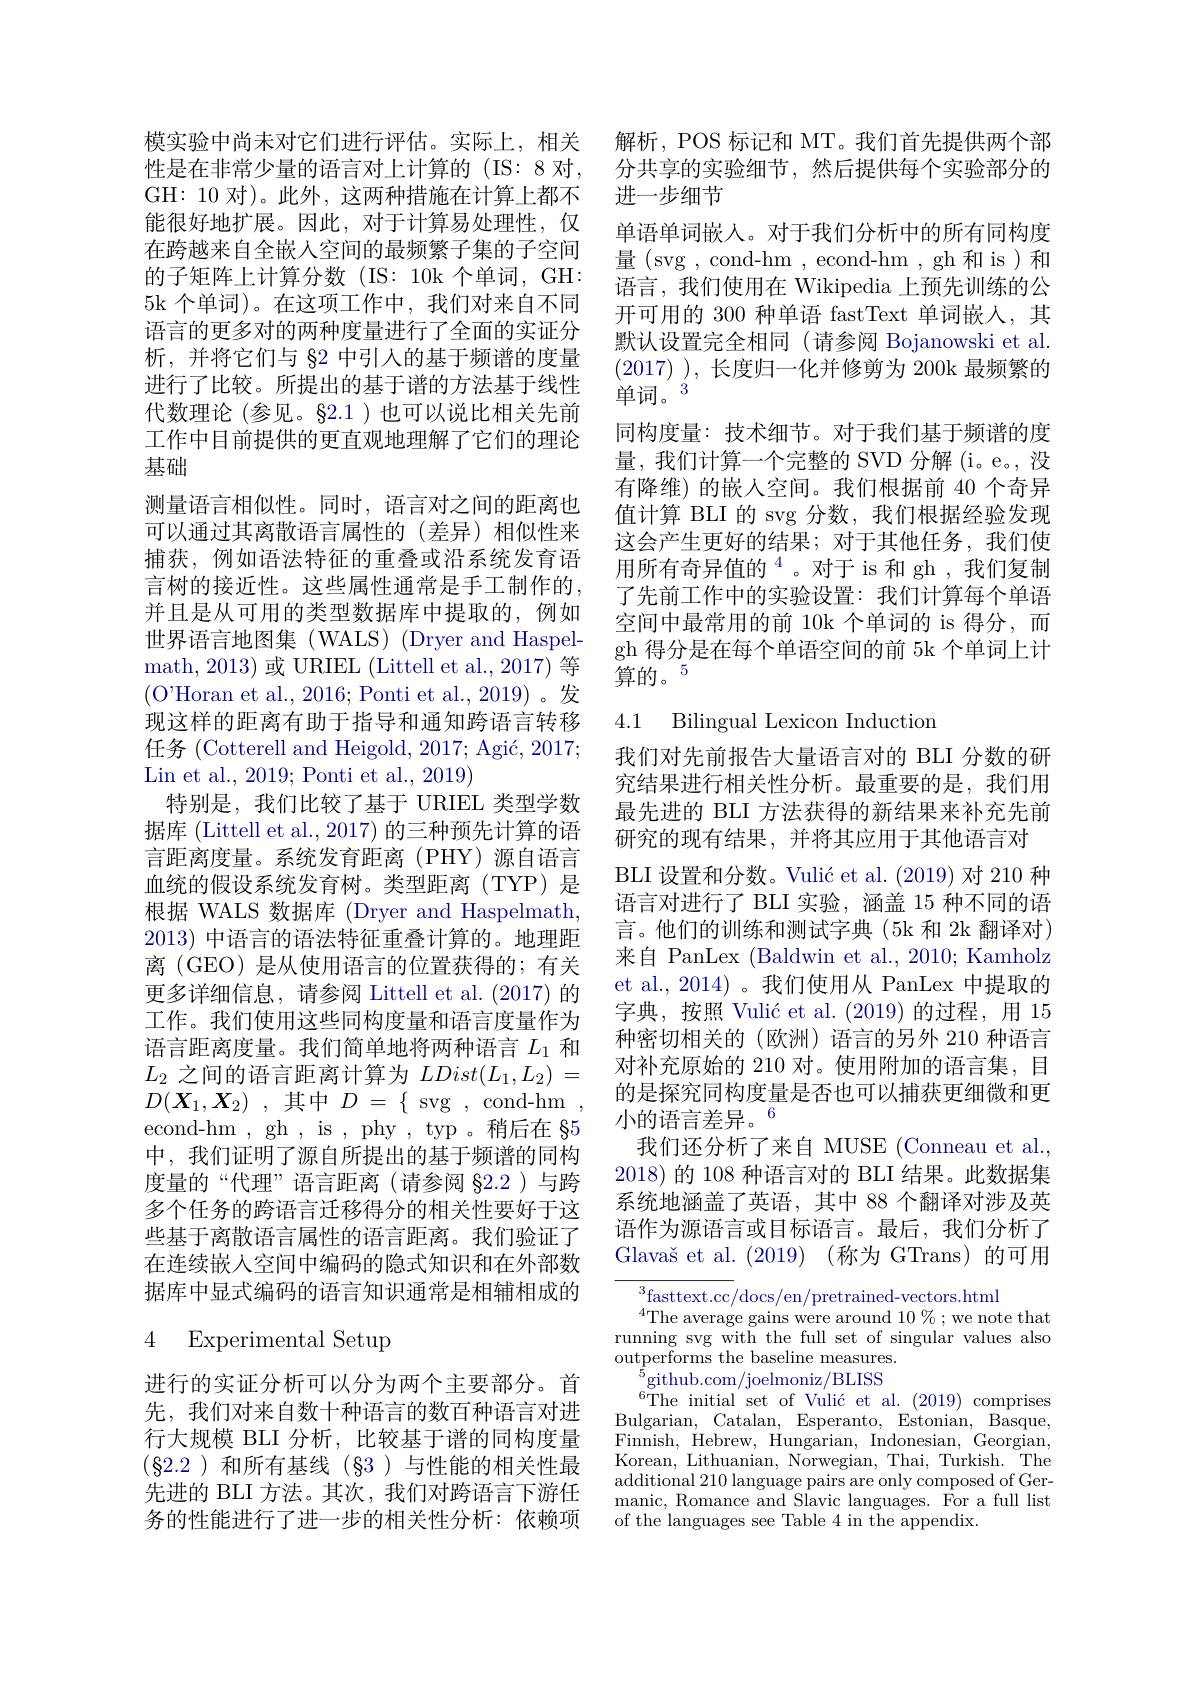
性是在非常少量的语言对上计算的(IS:8 对， GH: 10 对)。此外，这两种措施在计算上都不能很好地扩展。因此，对于计算易处理性，仅在跨越来自全嵌入空间的最频繁子集的子空间的子矩阵上计算分数(IS:10k个单词，GH: 5k 个单词)。在这项工作中，我们对来自不同语言的更多对的两种度量进行了全面的实证分析，并将它们与$\S2$中引入的基于频谱的度量进行了比较。所提出的基于谱的方法基于线性代数理论 (参见。§2.1)也可以说比相关先前工作中目前提供的更直观地理解了它们的理论基础
测量语言相似性。同时，语言对之间的距离也可以通过其离散语言属性的(差异)相似性来捕获，例如语法特征的重叠或沿系统发育语言树的接近性。这些属性通常是手工制作的， 并且是从可用的类型数据库中提取的，例如世界语言地图集(WALS)(Dryer and Haspelmath, 2013) 或 URIEL ( Littell et al. , 2017) 等 (O'Horan et al., 2016; Ponti et al., 2019)。发现这样的距离有助于指导和通知跨语言转移任务 (Cotterell and Heigold, 2017; Agić, 2017; Lin et al., 2019; Ponti et al., 2019)
特别是，我们比较了基于 URIEL 类型学数据库 (Littell et al., 2017) 的三种预先计算的语言距离度量。系统发育距离(PHY)源自语言血统的假设系统发育树。类型距离(TYP)是根据 WALS 数据库 (Dryer and Haspelmath, 2013)中语言的语法特征重叠计算的。地理距离 (GEO) 是从使用语言的位置获得的；有关更多详细信息，请参阅 Littell et al. (2017) 的工作。我们使用这些同构度量和语言度量作为语言距离度量。我们简单地将两种语言$L_1$和$L_2$之间的语言距离计算为$LDist(L_1,L_2)=$ $D( \boldsymbol{X}_1, \boldsymbol{X}_2)$ ,其中$D$ = $\{$ $\operatorname { svg}$ $, \operatorname { cond- hm}$ , econd-hm , gh , is , phy , typ 。稍后在 §5中，我们证明了源自所提出的基于频谱的同构度量的“代理”语言距离(请参阅 §2.2)与跨多个任务的跨语言迁移得分的相关性要好于这些基于离散语言属性的语言距离。我们验证了在连续嵌入空间中编码的隐式知识和在外部数据库中显式编码的语言知识通常是相辅相成的

# 4 Experimental Setup

进行的实证分析可以分为两个主要部分。首先，我们对来自数十种语言的数百种语言对进行大规模 BLI 分析，比较基于谱的同构度量$(\S2.2)和所有基线(§3)与性能的相关性最$ 先进的 BLI 方法。其次，我们对跨语言下游任务的性能进行了进一步的相关性分析：依赖项

模实验中尚未对它们进行评估。实际上，相关 解析，POS 标记和 MT。我们首先提供两个部
分共享的实验细节，然后提供每个实验部分的
进一步细节
单语单词嵌人。对于我们分析中的所有同构度量(svg,cond-hm,econd-hm,gh和is)和语言，我们使用在 Wikipedia 上预先训练的公开可用的 300 种单语 fastText 单词嵌人，其默认设置完全相同 (请参阅 Bojanowski et al. (2017) ), 长度归一化并修剪为 200k 最频繁的单词。$^{^{\prime}}$
同构度量：技术细节。对于我们基于频谱的度量，我们计算一个完整的 SVD 分解 (i。e。, 没有降维)的嵌入空间。我们根据前 40 个奇异值计算 BLI 的 svg 分数，我们根据经验发现这会产生更好的结果；对于其他任务，我们使用所有奇异值的$^{4}$。对于 is 和 gh,我们复制了先前工作中的实验设置：我们计算每个单语空间中最常用的前 10k 个单词的 is 得分，而gh得分是在每个单语空间的前 5k 个单词上计算的。$^{5}$

4.1 Bilingual Lexicon Induction

我们对先前报告大量语言对的 BLI 分数的研究结果进行相关性分析。最重要的是，我们用最先进的 BLI 方法获得的新结果来补充先前研究的现有结果，并将其应用于其他语言对
BLI 设置和分数。Vulić et al. (2019)对 210 种语言对进行了 BLI 实验，涵盖 15 种不同的语言。他们的训练和测试字典(5k 和 2k 翻译对) 来自 PanLex (Baldwin et al., 2010; Kamholz et al., 2014)。我们使用从 PanLex 中提取的字典，按照 Vulić et al.(2019)的过程，用 15种密切相关的(欧洲)语言的另外 210 种语言对补充原始的 210 对。使用附加的语言集，目的是探究同构度量是否也可以捕获更细微和更小的语言差异。$^{6}$
我们还分析了来自 MUSE (Conneau et al., 2018)的 108 种语言对的 BLI 结果。此数据集系统地涵盖了英语，其中 88 个翻译对涉及英语作为源语言或目标语言。最后，我们分析了Glavaš et al. (2019) (称为 GTrans)的可用

$^3$fasttext.cc/docs/en/pretrained-vectors.html
$^{4}$The average gains were around $10\%;$we note that running svg with the full set of singular values also $\bar{\text{outperforms the baseline measures.}}$
$^{5}$github.com/joelmoniz/BLISS
$^{6}$The initial$^{\prime}$set of Vulić et al.(2019)comprises Bulgarian, Catalan, Esperanto, Estonian, Basque, Finnish, Hebrew, Hungarian, Indonesian, Georgian, Korean, Lithuanian, Norwegian, Thai, Turkish. The additional $210\operatorname*{language}_{\text{pairs are only composed of Ger-}}$ manic, Romance and Slavic languages. For a full list of the languages see Table 4 in the appendix.